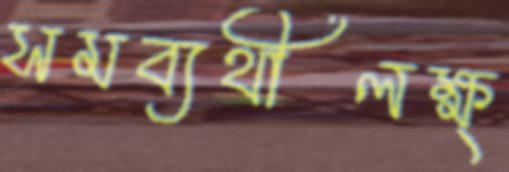
সমব্যথীলক্ষ্